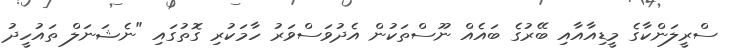
ސްރީލަންކާގެ މީޑިއާއާއި ބޭރުގެ ބައެއް ނޫސްތަކުން އެދުވަސްވަރު ހާމަކުރި ގޮތުގައި "ނެޝަނަލް ތައުހީދު